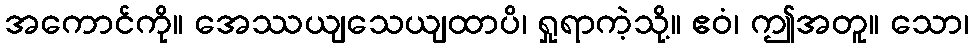
အကောင်ကို။ အေဿယျသေယျထာပိ၊ ရှုရာကဲ့သို့။ ဧဝံ၊ ဤအတူ။ သော၊